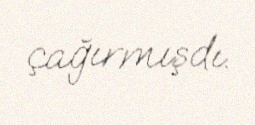
çağırmışdı.